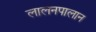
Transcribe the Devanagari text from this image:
लालनपालान